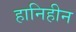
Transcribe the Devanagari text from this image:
हानिहीन